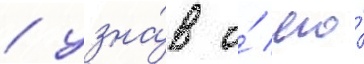
/ узна́в о́ его́